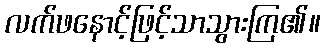
လက်ဖနောင့်ဖြင့်သာသွားကြ၏။